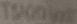
Text: TS42006000T